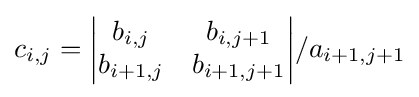
c_{i,j}={\begin{vmatrix}b_{i,j}&b_{i,j+1}\\b_{i+1,j}&b_{i+1,j+1}\end{vmatrix}}/a_{i+1,j+1}